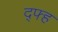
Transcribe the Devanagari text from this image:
द्फ्ह